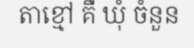
តាខ្មៅ គឺ ឃុំ ចំនួន